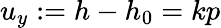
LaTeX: u_{y}:=h-h_{0}=kp